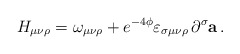
\begin{align*}H_{\mu \nu \rho }=\omega _{\mu \nu \rho }+e^{-4\phi }\varepsilon _{\sigma\mu \nu \rho }\,\partial ^{\sigma }{\bf a}\, .\end{align*}